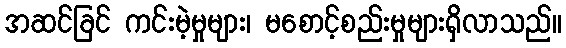
အဆင်ခြင် ကင်းမဲ့မှုများ၊ မစောင့်စည်းမှုများရှိလာသည်။